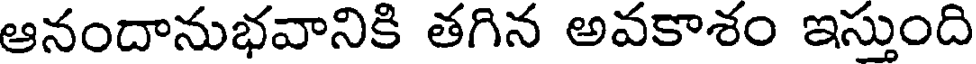
ఆనందానుభవానికి తగిన అవకాశం ఇస్తుంది